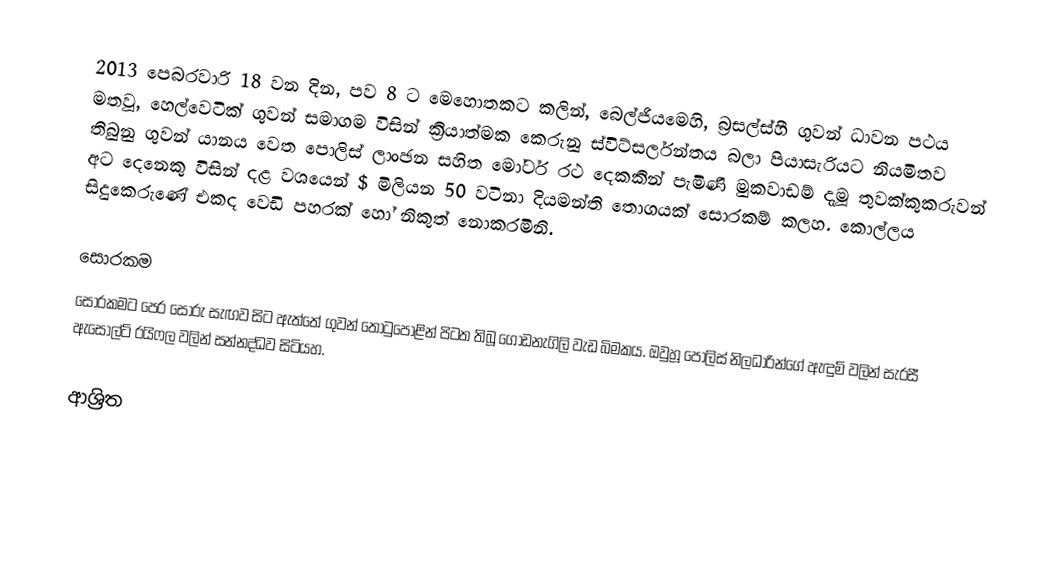
2013 පෙබරවාරි 18 වන දින, පව 8 ට මෙහොතකට කලින්, බෙල්ජියමෙහි, බ්‍රසල්ස්හී ගුවන් ධාවන පථය මතවූ, හෙල්වෙටික් ගුවන් සමාගම විසින් ක්‍රියාත්මක කෙරුනු ස්විට්සර්ලන්තය බලා පියාසැරියට නියමිතව තිබුනු ගුවන් යානය වෙත පොලිස් ලාංඡන සහිත මෝටර් රථ දෙකකින් පැමිණි මුකවාඩම් දැමූ තුවක්කුකරුවන් අට දෙනෙකු විසින් දළ වශයෙන්  $ මිලියන 50 වටිනා දියමන්ති තොගයක් සොරකම් කලහ.  කොල්ලය සිදුකෙරුණේ එකද වෙඩි පහරක් හෝ නිකුත් නොකරමිනි.

සොරකම
සොරකමට පෙර සොරු සැඟව සිට ඇත්තේ ගුවන් තොටුපොළින් පිටත තිබූ ගොඩනැගිලි වැඩ බිමකය. ඔවුහූ  පොලිස් නිලධාරින්ගේ ඇඳුම් වලින් සැරසී ඇසෝල්ට් රයිෆල වලින් සන්නද්ධව සිටියහ.

ආශ්‍රිත